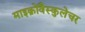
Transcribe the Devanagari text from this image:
माइक्रोवैस्कुलेचर